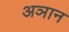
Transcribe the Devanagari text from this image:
अञान